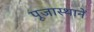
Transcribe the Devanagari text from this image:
पूजास्थानें